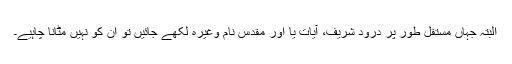
البتہ جہاں مستقل طور پر درود شریف، آیات یا اور مقدس نام وغیرہ لکھے جائیں تو ان کو نہیں مٹانا چاہیے۔